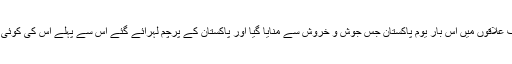
بلوچستان کے مختلف علاقوں میں اس بار یومِ پاکستان جس جوش و خروش سے منایا گیا اور پاکستان کے پرچم لہرائے گئے اس سے پہلے اس کی کوئی مثال نہیں ملتی ہے۔